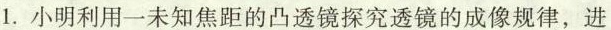
1.小明利用未知焦距的凸透镜探究透镜的成像规律，进